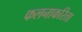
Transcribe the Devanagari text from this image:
फलनाकरिता